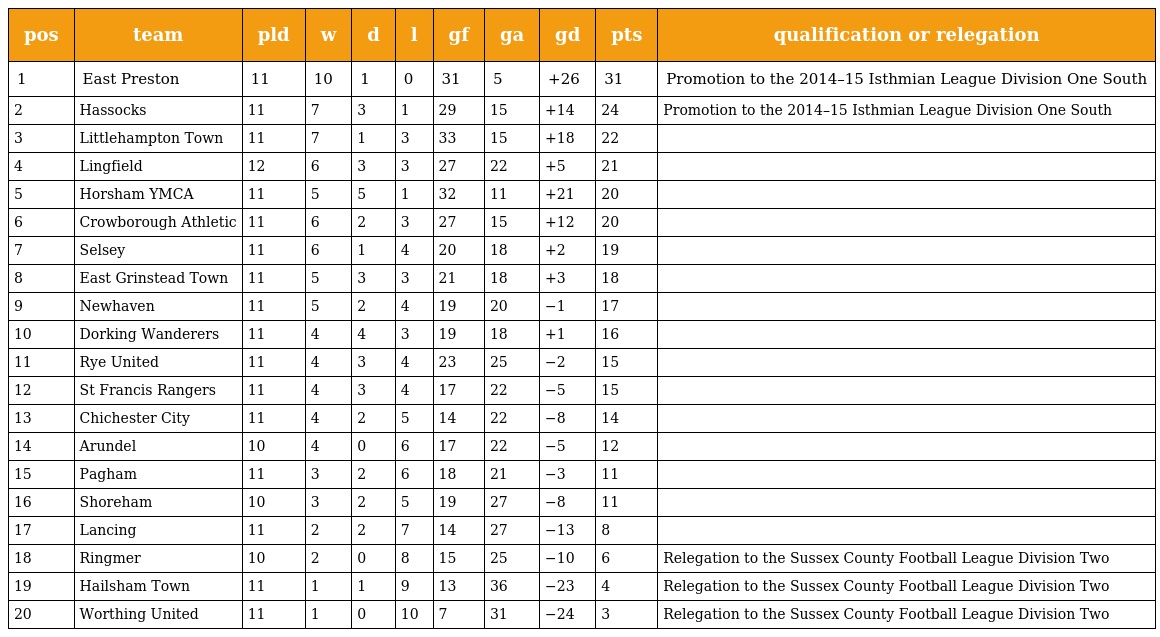
| pos | team | pld | w | d | l | gf | ga | gd | pts | qualification or relegation |
 | --- | --- | --- | --- | --- | --- | --- | --- | --- | --- | --- |
 | 1 | East Preston | 11 | 10 | 1 | 0 | 31 | 5 | +26 | 31 | Promotion to the 2014–15 Isthmian League Division One South |
 | 2 | Hassocks | 11 | 7 | 3 | 1 | 29 | 15 | +14 | 24 | Promotion to the 2014–15 Isthmian League Division One South |
 | 3 | Littlehampton Town | 11 | 7 | 1 | 3 | 33 | 15 | +18 | 22 |  |
 | 4 | Lingfield | 12 | 6 | 3 | 3 | 27 | 22 | +5 | 21 |  |
 | 5 | Horsham YMCA | 11 | 5 | 5 | 1 | 32 | 11 | +21 | 20 |  |
 | 6 | Crowborough Athletic | 11 | 6 | 2 | 3 | 27 | 15 | +12 | 20 |  |
 | 7 | Selsey | 11 | 6 | 1 | 4 | 20 | 18 | +2 | 19 |  |
 | 8 | East Grinstead Town | 11 | 5 | 3 | 3 | 21 | 18 | +3 | 18 |  |
 | 9 | Newhaven | 11 | 5 | 2 | 4 | 19 | 20 | −1 | 17 |  |
 | 10 | Dorking Wanderers | 11 | 4 | 4 | 3 | 19 | 18 | +1 | 16 |  |
 | 11 | Rye United | 11 | 4 | 3 | 4 | 23 | 25 | −2 | 15 |  |
 | 12 | St Francis Rangers | 11 | 4 | 3 | 4 | 17 | 22 | −5 | 15 |  |
 | 13 | Chichester City | 11 | 4 | 2 | 5 | 14 | 22 | −8 | 14 |  |
 | 14 | Arundel | 10 | 4 | 0 | 6 | 17 | 22 | −5 | 12 |  |
 | 15 | Pagham | 11 | 3 | 2 | 6 | 18 | 21 | −3 | 11 |  |
 | 16 | Shoreham | 10 | 3 | 2 | 5 | 19 | 27 | −8 | 11 |  |
 | 17 | Lancing | 11 | 2 | 2 | 7 | 14 | 27 | −13 | 8 |  |
 | 18 | Ringmer | 10 | 2 | 0 | 8 | 15 | 25 | −10 | 6 | Relegation to the Sussex County Football League Division Two |
 | 19 | Hailsham Town | 11 | 1 | 1 | 9 | 13 | 36 | −23 | 4 | Relegation to the Sussex County Football League Division Two |
 | 20 | Worthing United | 11 | 1 | 0 | 10 | 7 | 31 | −24 | 3 | Relegation to the Sussex County Football League Division Two |